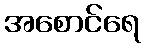
အစောင်ရေ